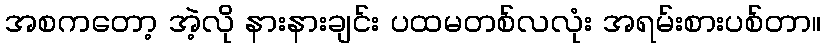
အစကတော့ အဲ့လို နားနားချင်း ပထမတစ်လလုံး အရမ်းစားပစ်တာ။